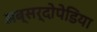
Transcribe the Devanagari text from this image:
अब्सर्दोपेडिया